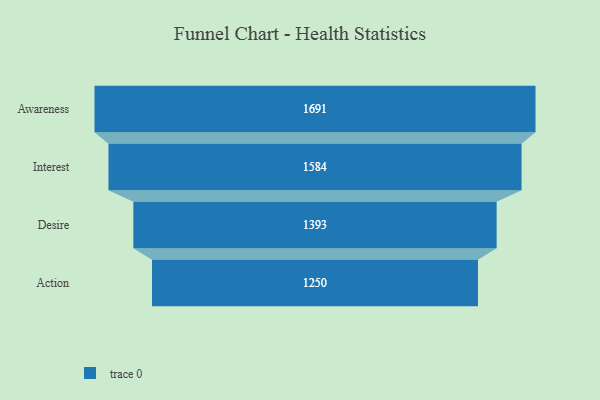
{"axis": {"x": "Stage", "y": "Value"}, "legend": [""], "data": [{"x": "Awareness", "y": 1691.0, "type": ""}, {"x": "Interest", "y": 1584.0, "type": ""}, {"x": "Desire", "y": 1393.0, "type": ""}, {"x": "Action", "y": 1250.0, "type": ""}]}